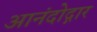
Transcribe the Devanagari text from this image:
आनंदोद्गार